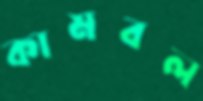
কামবল